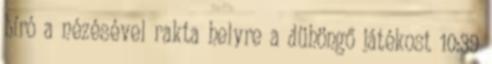
bíró a nézésével rakta helyre a dühöngő játékost 10:39